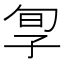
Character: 㝁